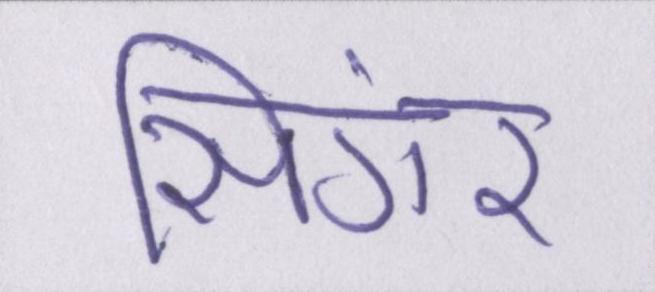
सिंगर